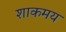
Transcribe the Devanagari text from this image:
शाकमय